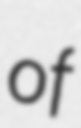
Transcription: of